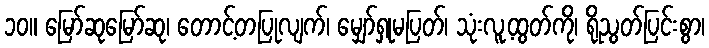
၁၀။ မြော်ဆုမြော်ဆု၊ တောင့်တပြုလျက်၊ မျှော်ရှုမပြတ်၊ သုံးလူ့ထွတ်ကို၊ ရိုညွတ်ပြင်းစွာ၊